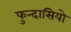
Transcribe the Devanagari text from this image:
फुन्दासियो